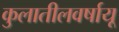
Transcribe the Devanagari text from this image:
कुलातीलवर्षायू